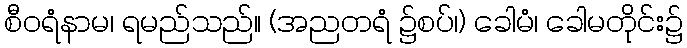
စီဝရံနာမ၊ ရမည်သည်။ (အညတရံ ၌စပ်၊) ခေါမံ၊ ခေါမတိုင်း၌